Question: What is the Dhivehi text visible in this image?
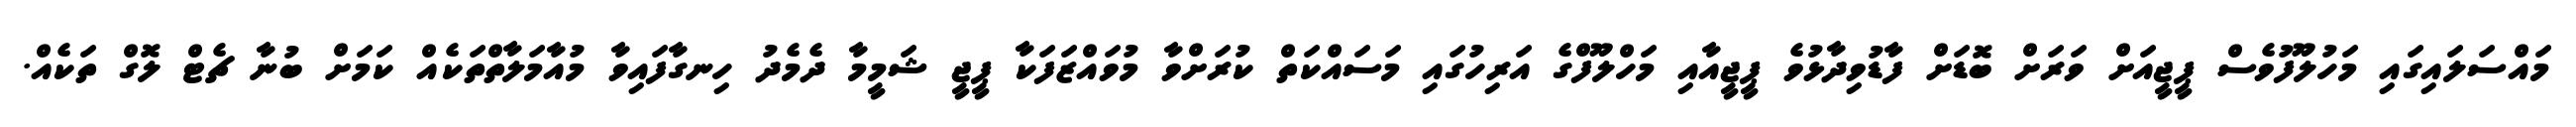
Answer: މައްސަލައިގައި މަހުލޫފުވެސް ޕީޖީއަށް ވަރަށް ބޮޑަށް ފާޑުވިދާޅުވެ ޕީޖީއާއި މަހްލޫފްގެ އަރިހުގައި މަސައްކަތް ކުރަށްވާ މުވައްޒަފަކާ ޕީޖީ ޝަމީމާ ދެމެދު ހިނގާފައިވާ މުއާމަލާތްތަކެއް ކަމަށް ބުނާ ޗެޓް ލޮގް ތަކެއް.